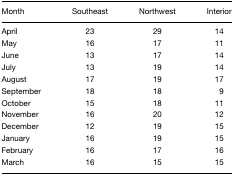
| Month | Southeast | Northwest | Interior |
 | --- | --- | --- | --- |
 | April | 23 | 29 | 14 |
 | May | 16 | 17 | 11 |
 | June | 13 | 17 | 14 |
 | July | 13 | 19 | 14 |
 | August | 17 | 19 | 17 |
 | September | 18 | 18 | 9 |
 | October | 15 | 18 | 11 |
 | November | 16 | 20 | 12 |
 | December | 12 | 19 | 15 |
 | January | 16 | 19 | 15 |
 | February | 16 | 17 | 16 |
 | March | 16 | 15 | 15 |